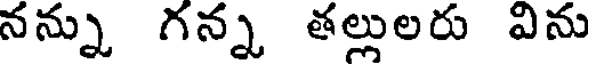
నన్ను గన్న తల్లులరు విను